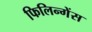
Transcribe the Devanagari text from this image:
फिलिन्गेंस